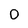
Character: 0